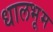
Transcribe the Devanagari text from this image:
धालभूम